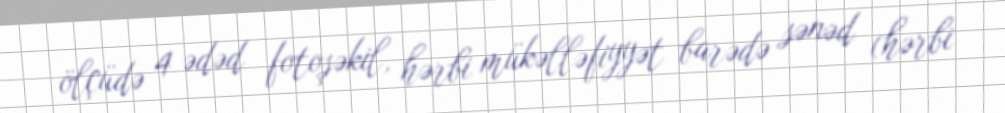
ölçüdə 4 ədəd fotoşəkil, hərbi mükəlləfiyyət barədə sənəd (hərbi